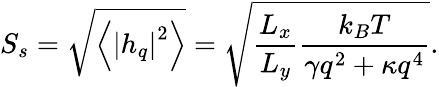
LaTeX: S_{s}=\sqrt{\left\langle\left|h_{q}\right|^{2}\right\rangle}=\sqrt{\frac{{{L}_{x}}}{{{L}_{y}}}\frac{{{k}_{B}}T}{\gamma{{q}^{2}}+\kappa q^{4}}}.